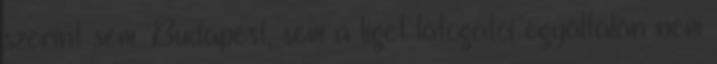
szerint sem Budapest, sem a liget látogatói egyáltalán nem